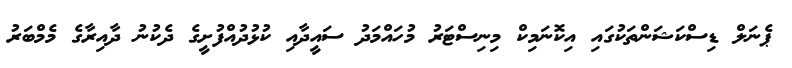
ޕެނަލް ޑިސްކަޝަންތަކުގައި އިކޮނަމިކް މިނިސްޓަރު މުހައްމަދު ސައީދާއި ކުޅުދުއްފުށީގެ ދެކުނު ދާއިރާގެ މެމްބަރު